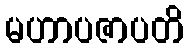
မဟာပဇာပတိ